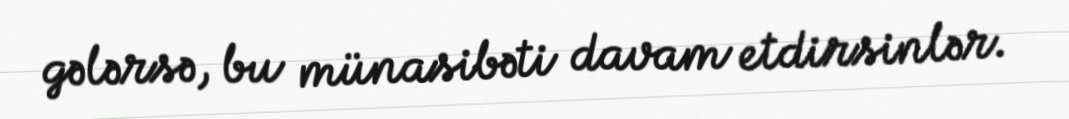
gələrsə, bu münasibəti davam etdirsinlər.